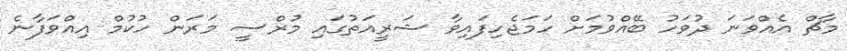
މާޗް އެއްވަނަ ދުވަހު ބޭއްވުމަށް ހަމަޖެހިފައިވާ ޝަރީއަތުގައި މުރްސީ މަރަން ހުކުމް އިއްވަފާނެ